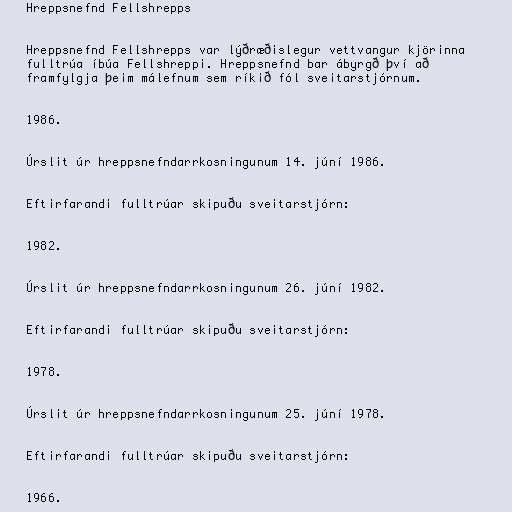
Hreppsnefnd Fellshrepps

Hreppsnefnd Fellshrepps var lýðræðislegur vettvangur kjörinna
fulltrúa íbúa Fellshreppi. Hreppsnefnd bar ábyrgð því að
framfylgja þeim málefnum sem ríkið fól sveitarstjórnum.

1986.

Úrslit úr hreppsnefndarrkosningunum 14. júní 1986.

Eftirfarandi fulltrúar skipuðu sveitarstjórn:

1982.

Úrslit úr hreppsnefndarrkosningunum 26. júní 1982.

Eftirfarandi fulltrúar skipuðu sveitarstjórn:

1978.

Úrslit úr hreppsnefndarrkosningunum 25. júní 1978.

Eftirfarandi fulltrúar skipuðu sveitarstjórn:

1966.